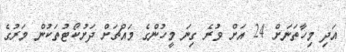
އަދި މިހާތަނަށް 24 އަށް ވުރެ ގިނަ މީހުންގެ މައްޗަށް ދަށުކޯޓުތަކުން މަރުގެ